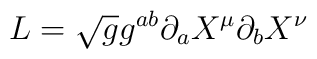
L= \sqrt {g} g^{ab} \partial_{a}X^\mu \partial_{b}X^{\nu}